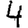
Digit: 4